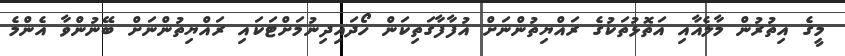
މީގެ އިތުރުން މާލެއާއި އަތޮޅުތަކުގެ ރައްޔިތުންނަށް އުފާފާގަތިކަން ހޯދައިދިނުމަށްޓަކައި ރައްޔިތުންނަށް ބޭނުންވާ އެންމެ